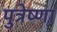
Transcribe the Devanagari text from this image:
पुत्रेष्णा